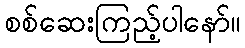
စစ်ဆေးကြည့်ပါနော်။